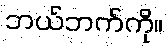
ဘယ်ဘက်ကို။